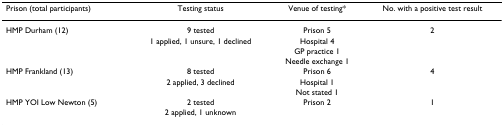
<table><thead><tr><td><b>Prison (total participants)</b></td><td><b>Testing status</b></td><td><b>Venue of testing*</b></td><td><b>No. with a positive test result</b></td></tr></thead><tbody><tr><td>HMP Durham (12)</td><td>9 tested</td><td>Prison 5</td><td>2</td></tr><tr><td></td><td>1 applied, 1 unsure, 1 declined</td><td>Hospital 4</td><td></td></tr><tr><td></td><td></td><td>GP practice 1</td><td></td></tr><tr><td></td><td></td><td>Needle exchange 1</td><td></td></tr><tr><td>HMP Frankland (13)</td><td>8 tested</td><td>Prison 6</td><td>4 </td></tr><tr><td></td><td>2 applied, 3 declined</td><td>Hospital 1</td><td></td></tr><tr><td></td><td></td><td>Not stated 1</td><td></td></tr><tr><td>HMP YOI Low Newton (5)</td><td>2 tested</td><td>Prison 2</td><td>1 </td></tr><tr><td></td><td> 2 applied, 1 unknown</td><td></td><td></td></tr></tbody></table>